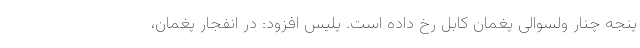
پنجه چنار ولسوالی پغمان کابل رخ داده است. پلیس افزود: در انفجار پغمان،